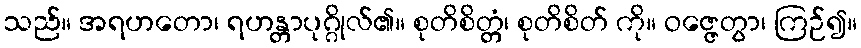
သည်။ အရဟတော၊ ရဟန္တာပုဂ္ဂိုလ်၏။ စုတိစိတ္တံ၊ စုတိစိတ် ကို။ ဝဇ္ဇေတွာ၊ ကြဉ်၍။